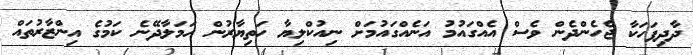
ދާދިފަހަކާ ޖެހެންދެން ވެސް އެއްގައުމު އަނެއްގައުމަށް ނިއުކްލިޔާ ހަތިޔާރުން ޙަމަލާދޭނެ ކަމުގެ އިންޒާރުތައް